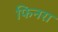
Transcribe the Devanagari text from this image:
फिनरा